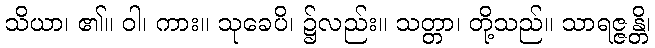
သိယာ၊ ၏။ ဝါ၊ ကား။ သုခေပိ၊ ၌လည်း။ သတ္တာ၊ တို့သည်။ သာရဇ္ဇန္တိ၊